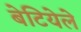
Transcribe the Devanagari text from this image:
बेटियेले